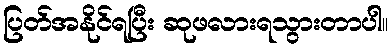
ပြတ်အနိုင်ရပြီး ဆုဖလားရသွားတာပါ။